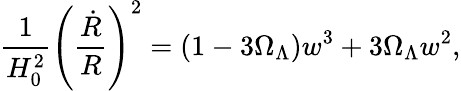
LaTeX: \frac{1}{H_{0}^{2}}\left(\frac{\dot{R}}{R}\right)^{2}=(1-3{\Omega}_{\Lambda})w^{3}+3{\Omega}_{\Lambda}w^{2},